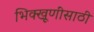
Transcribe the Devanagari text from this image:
भिक्खूणींसाठी